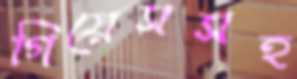
গিয়েসসহ